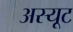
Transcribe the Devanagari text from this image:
अस्यूट